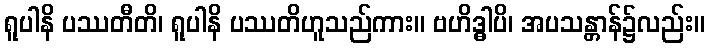
ရူပါနိ ပဿတီတိ၊ ရူပါနိ ပဿတိဟူသည်ကား။ ဗဟိဒ္ဓါပိ၊ အပသန္တာန်၌လည်း။